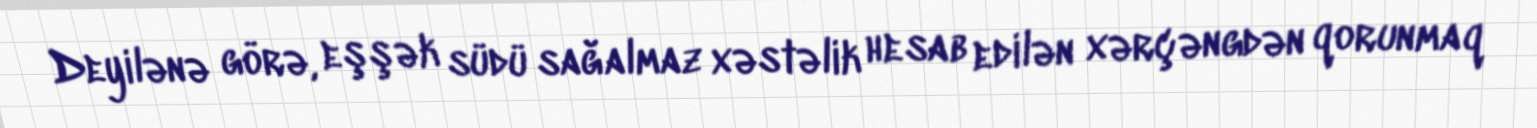
Deyilənə görə, eşşək südü sağalmaz xəstəlik hesab edilən xərçəngdən qorunmaq